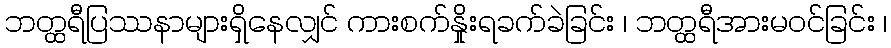
ဘတ္ထရီပြဿနာများရှိနေလျှင် ကားစက်နှိုးရခက်ခဲခြင်း ၊ ဘတ္ထရီအားမဝင်ခြင်း ၊